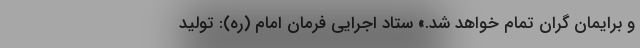
و برایمان گران تمام خواهد شد.» ستاد اجرایی فرمان امام (ره): تولید